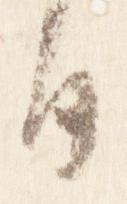
日